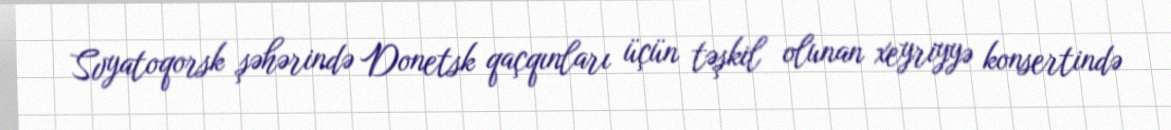
Svyatoqorsk şəhərində Donetsk qaçqınları üçün təşkil olunan xeyriyyə konsertində